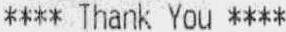
**** THANK YOU ****